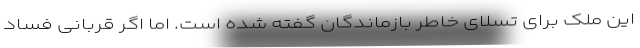
این مُلک برای تسلای خاطر بازماندگان گفته شده است. اما اگر قربانی فساد